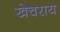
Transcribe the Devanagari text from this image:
खेचराय